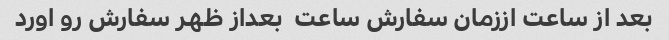
بعد از ساعت اززمان سفارش ساعت  بعداز ظهر سفارش رو اورد